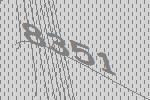
8351